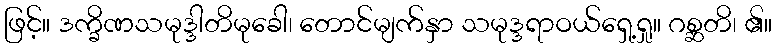
ဖြင့်။ ဒက္ခိဏသမုဒ္ဒါတိမုခေါ၊ တောင်မျက်နှာ သမုဒ္ဒရာဝယ်ရှေ့ရှု။ ဂစ္ဆတိ၊ ၏။